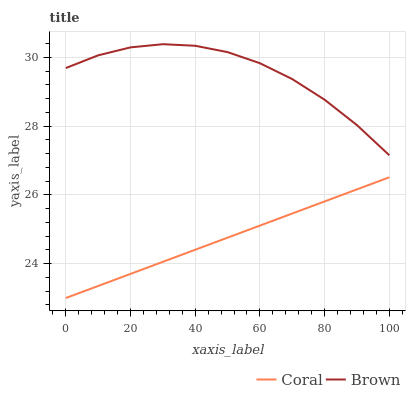
| xaxis_label | Coral | Brown |
 | --- | --- | --- |
 | 0 | 23 | 29.7 |
 | 10 | 23.4 | 30.1 |
 | 20 | 23.7 | 30.3 |
 | 30 | 24.1 | 30.4 |
 | 40 | 24.4 | 30.3 |
 | 50 | 24.8 | 30.2 |
 | 60 | 25.1 | 29.8 |
 | 70 | 25.5 | 29.4 |
 | 80 | 25.8 | 28.8 |
 | 90 | 26.2 | 28 |
 | 100 | 26.5 | 27.2 |